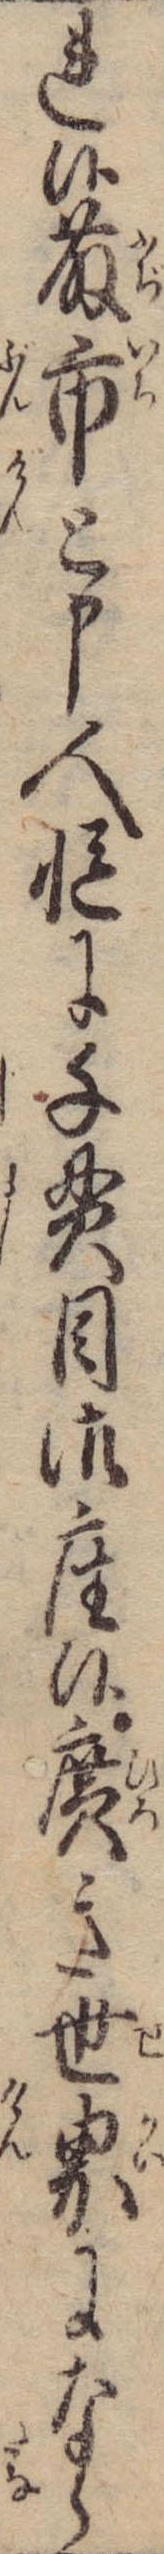
れ候藤市と申人慥に千貫目御座候広き世界になら